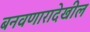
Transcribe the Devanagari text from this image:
बनवणारादेखील